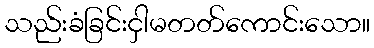
သည်းခံခြင်းငှါမတတ်ကောင်းသော။